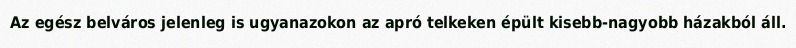
Az egész belváros jelenleg is ugyanazokon az apró telkeken épült kisebb-nagyobb házakból áll.